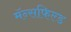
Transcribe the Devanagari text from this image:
मॅन्सफिल्ड